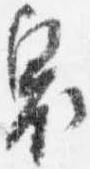
奥